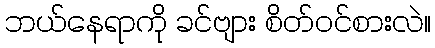
ဘယ်နေရာကို ခင်ဗျား စိတ်ဝင်စားလဲ။